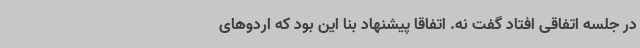
در جلسه اتفاقی افتاد گفت نه. اتفاقا پیشنهاد بنا این بود که اردوهای